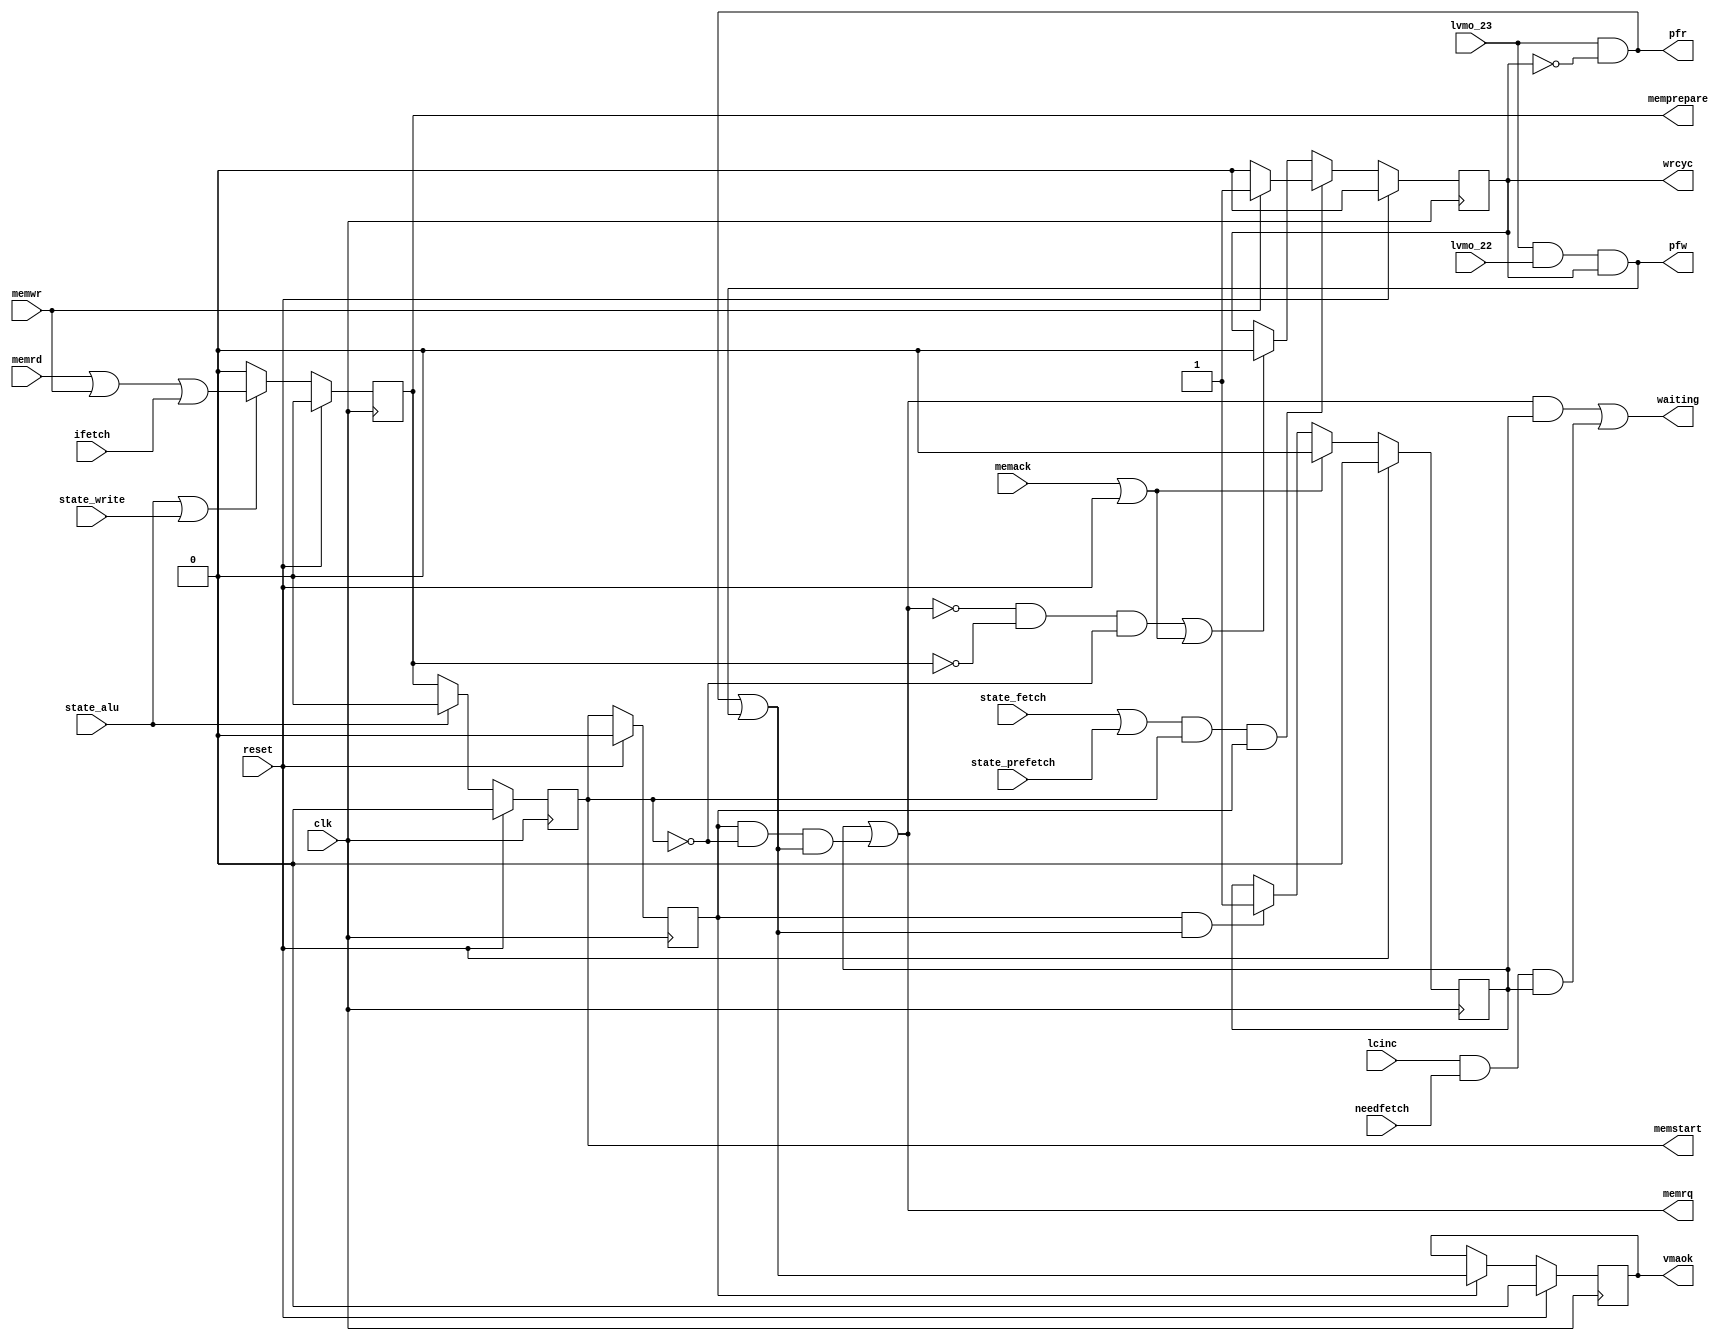
// VCTL1 --- VMEMORY CONTROL
//
// ---!!! Add description.
//
// History:
//
//   (20YY-MM-DD HH:mm:ss BRAD) Converted to Verilog.
//	???: Nets added.
//	???: Nets removed.
//   (1978-10-25 10:08:02 TK) Initial.

`timescale 1ns/1ps
`default_nettype none

module VCTL1(/*AUTOARG*/
   // Outputs
   memprepare, memrq, memstart, pfr, pfw, vmaok, waiting, wrcyc,
   // Inputs
   clk, reset, state_alu, state_fetch, state_prefetch, state_write,
   ifetch, lcinc, lvmo_22, lvmo_23, memack, memrd, memwr, needfetch
   );

   input clk;
   input reset;

   input state_alu;
   input state_fetch;
   input state_prefetch;
   input state_write;

   input ifetch;
   input lcinc;
   input lvmo_22;
   input lvmo_23;
   input memack;
   input memrd;
   input memwr;
   input needfetch;
   output memprepare;
   output memrq;
   output memstart;
   output pfr;                  // VMA permissions (read).
   output pfw;                  // VMA permissions (write).
   output vmaok;                // VMA access OK.
   output waiting;
   output wrcyc;

   ////////////////////////////////////////////////////////////////////////////////

   reg mbusy;
   reg memcheck;
   reg memprepare;
   reg memstart;
   reg rdcyc;
   reg vmaok;
   reg wrcyc;
   wire mfinish;
   wire memop;

   ////////////////////////////////////////////////////////////////////////////////

   assign memop = memrd | memwr | ifetch;

   always @(posedge clk)
     if (reset)
       memprepare <= 0;
     else if (state_alu || state_write)
       memprepare <= memop;
     else
       memprepare <= 0;

   // Read VMEM.
   always @(posedge clk)
     if (reset)
       memstart <= 0;
     else if (~state_alu)
       memstart <= memprepare;
     else
       memstart <= 0;

   // Check result of VMEM.
   always @(posedge clk)
     if (reset)
       memcheck <= 0;
     else
       memcheck <= memstart;

   // VMA permissions.
   assign pfw = (lvmo_23 & lvmo_22) & wrcyc;
   assign pfr = lvmo_23 & ~wrcyc;

   always @(posedge clk)
     if (reset)
       vmaok <= 1'b0;
     else if (memcheck)
       vmaok <= pfr | pfw;

   always @(posedge clk)
     if (reset) begin
	rdcyc <= 0;
	wrcyc <= 0;
     end else if ((state_fetch || state_prefetch) && memstart && memcheck) begin
	if (memwr) begin
	   rdcyc <= 0;
	   wrcyc <= 1;
	end else begin
	   rdcyc <= 1;
	   wrcyc <= 0;
	end
     end else if ((~memrq && ~memprepare && ~memstart) || mfinish) begin
	rdcyc <= 0;
	wrcyc <= 0;
     end

   assign memrq = mbusy | (memcheck & ~memstart & (pfr | pfw));

   always @(posedge clk)
     if (reset)
       mbusy <= 0;
     else if (mfinish)
       mbusy <= 1'b0;
     else if (memcheck & (pfr | pfw))
       mbusy <= 1;

   assign mfinish = memack | reset;
   assign waiting = (memrq & mbusy) | (lcinc & needfetch & mbusy);

endmodule

`default_nettype wire

// Local Variables:
// verilog-library-directories: ("..")
// End: